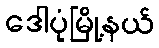
ဒေါပုံမြို့နယ်